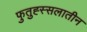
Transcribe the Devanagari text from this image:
फुतुह्स्सलातीन